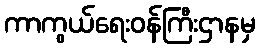
ကာကွယ်ရေးဝန်ကြီးဌာနမှ